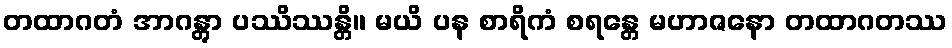
တထာဂတံ အာဂန္တွာ ပဿိဿန္တိ။ မယိ ပန စာရိကံ စရန္တေ မဟာဇနော တထာဂတဿ